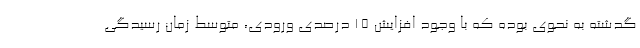
گدشته به نحوی بوده که با وجود افزایش 15 درصدی ورودی، متوسط زمان رسیدگی